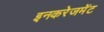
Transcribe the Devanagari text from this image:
इनकरेजमेंट